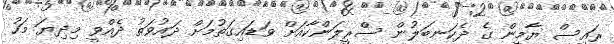
ރައީސް ޔާމީން ގެ ދެކަނބަލުން ސްރީލަންކާއަށް ވަޑައިގަތުމަށް ދައުވަތު ދެއްވީ މިދިޔަ މަހު